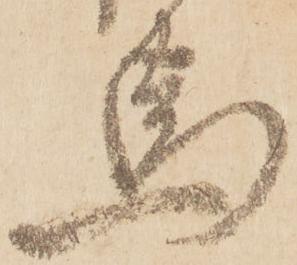
馬